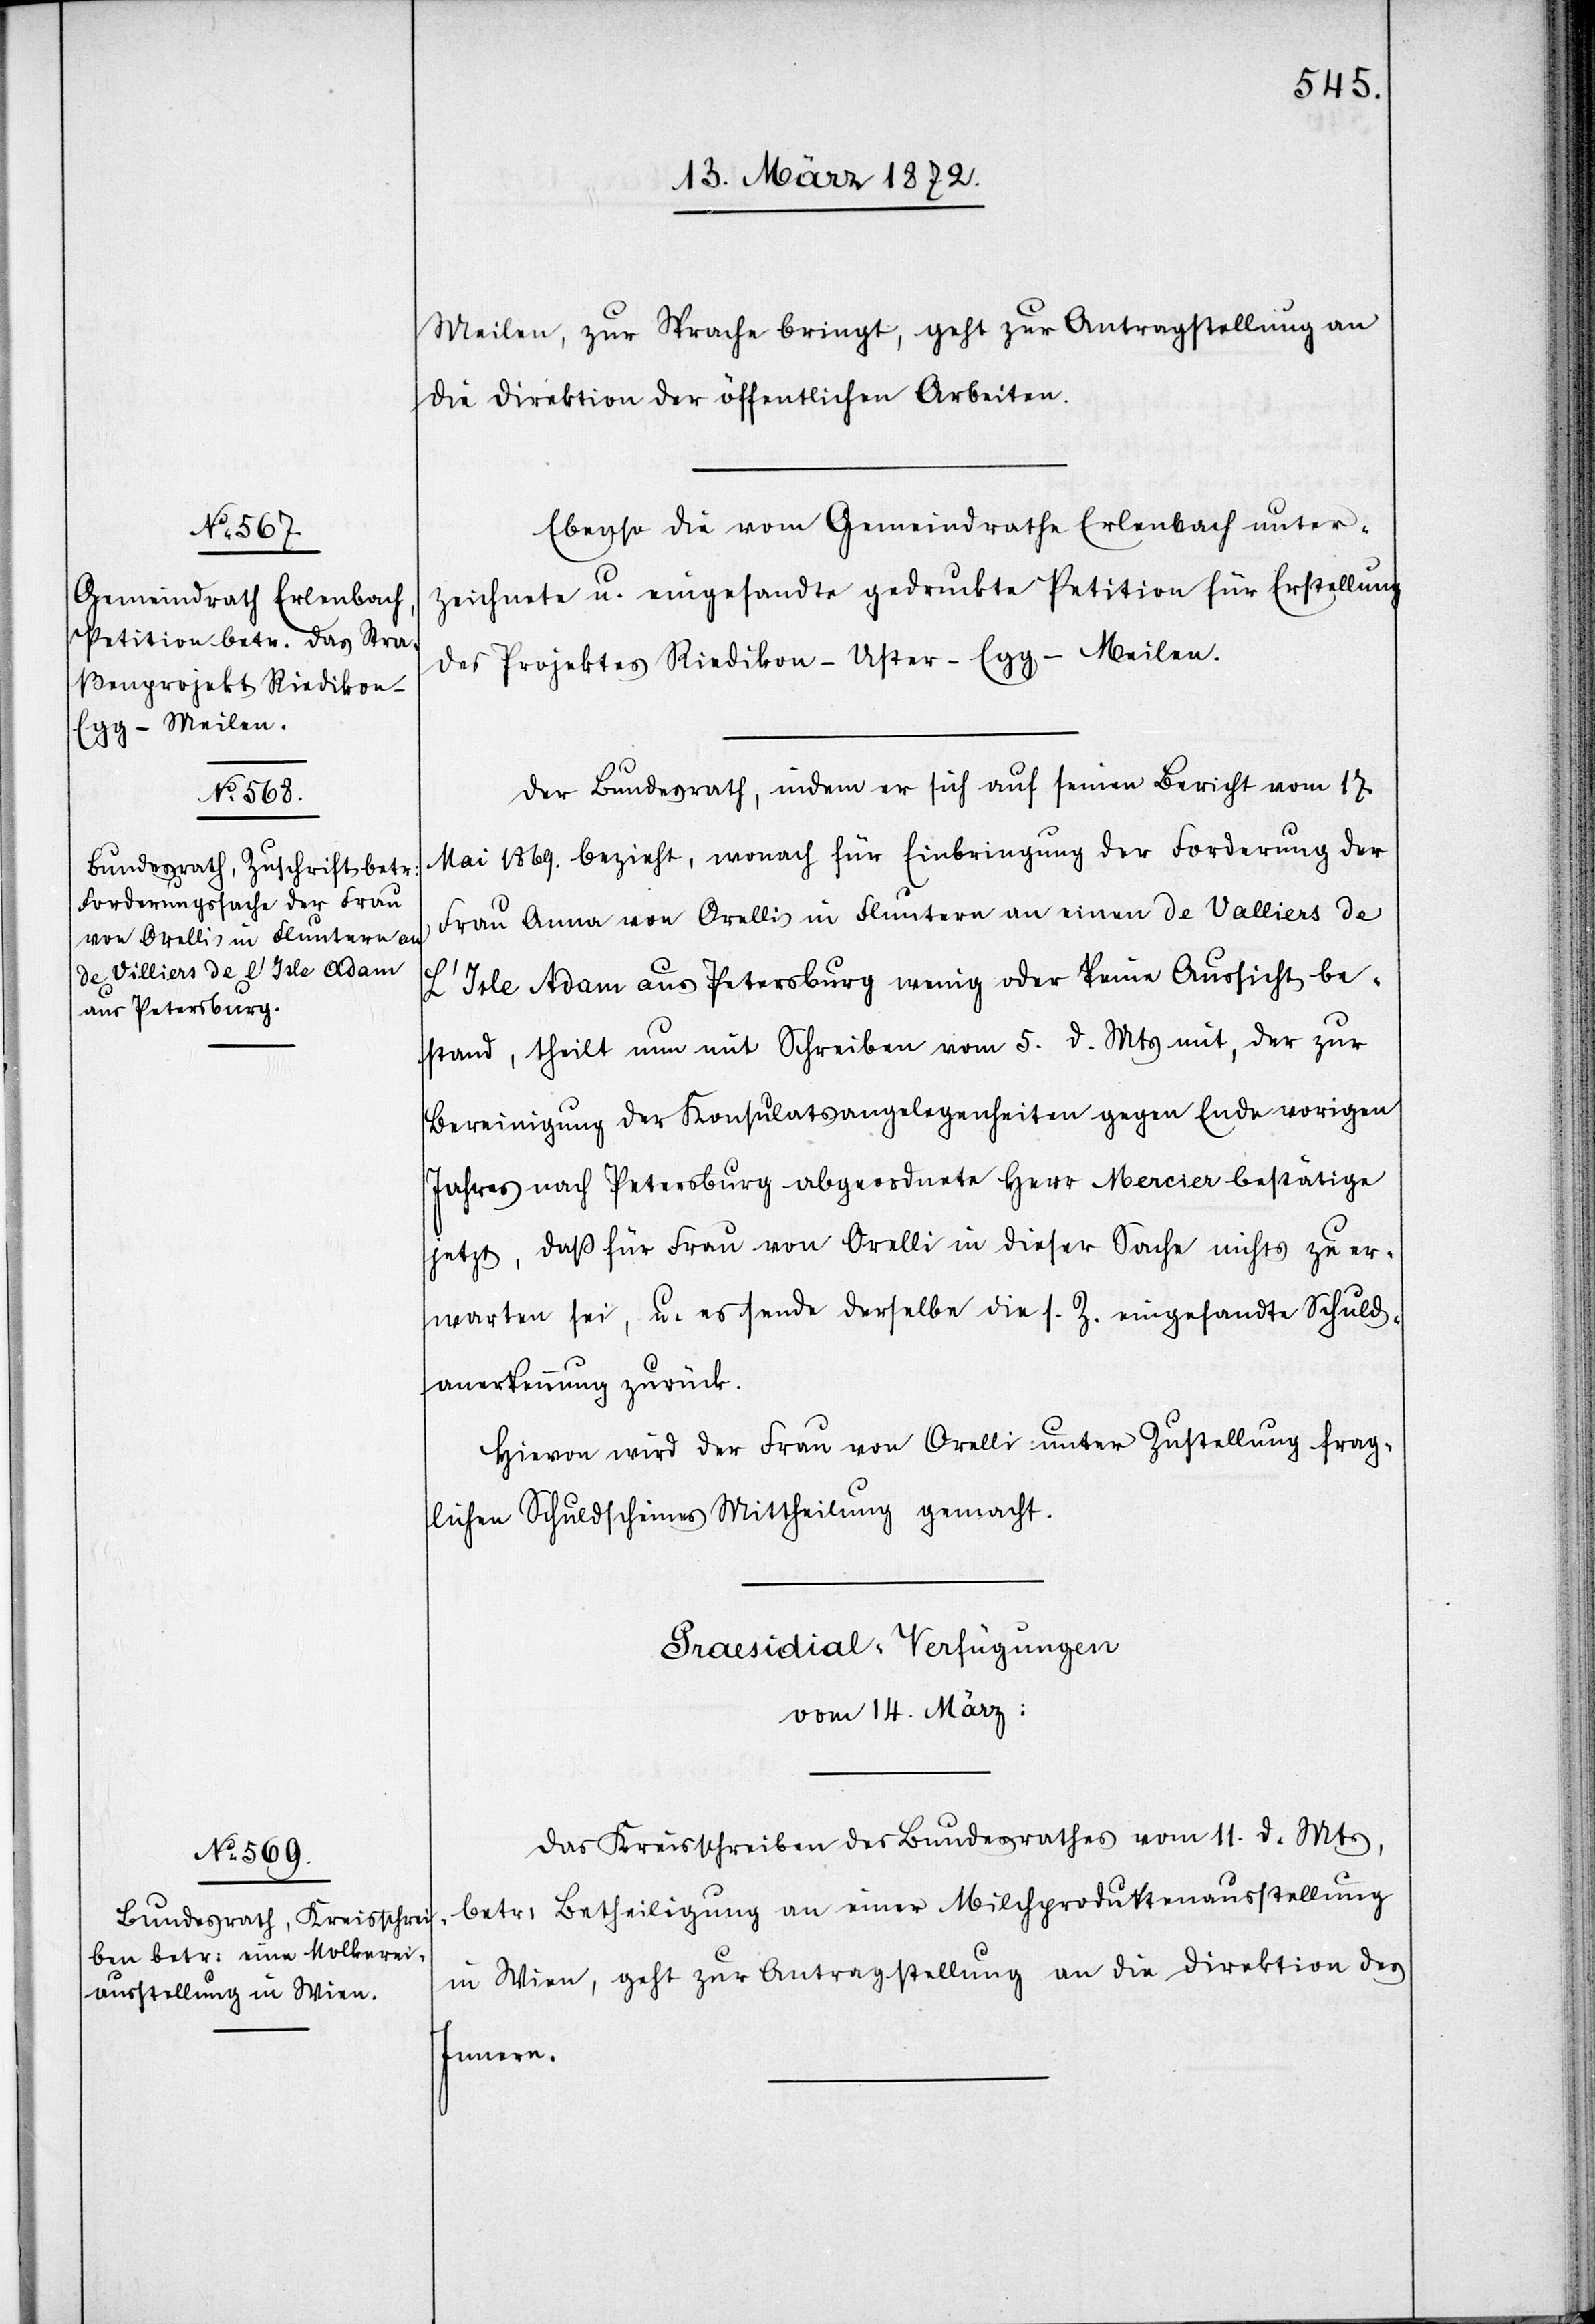
Meilen, zur Sprache bringt, geht zur Antragstellung an
die Direktion der öffentlichen Arbeiten.
Ebenso die vom Gemeindrathe Erlenbach unter¬
zeichnete u. eingesandte gedruckte Petition für Erstellung
des Projektes Riedikon–Uster–Egg–Meilen.
Der Bundesrath, indem er sich auf seinen Bericht vom 17.
Mai 1869. bezieht, wonach für Einbringung der Forderung der
Frau Anna von Orelli in Fluntern an einen de Valliers de
L’Isle Adam aus Petersburg wenig oder keine Aussicht be¬
stand, theilt nun mit Schreiben vom 5. d. Mts mit, der zur
Bereinigung der Konsulatsangelegenheiten gegen Ende vorigen
Jahres nach Petersburg abgeordnete Herr Mercier bestätige
jetzt, daß für Frau von Orelli in dieser Sache nichts zu er¬
warten sei, u. es sende derselbe die s. Z. eingesandte Schuld¬
anerkennung zurück.
Hievon wird der Frau von Orelli unter Zustellung frag¬
lichen Schuldscheines Mittheilung gemacht.
Praesidial-Verfügungen
vom 14. März
Das Kreisschreiben des Bundesrathes vom 11. d. Mts,
betr: Betheiligung an einer Milchproduktenausstellung
in Wien, geht zur Antragstellung an die Direktion des
Innern.